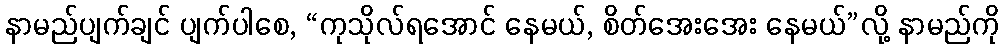
နာမည်ပျက်ချင် ပျက်ပါစေ, “ကုသိုလ်ရအောင် နေမယ်, စိတ်အေးအေး နေမယ်”လို့ နာမည်ကို